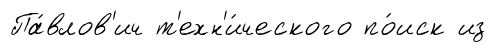
Па́влов'ич т'ехн'и́ческого по́иск из